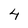
Character: 4